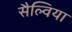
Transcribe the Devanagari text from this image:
सैल्विया